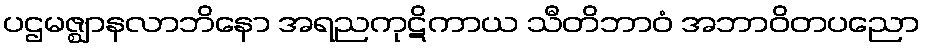
ပဌမဇ္ဈာနလာဘိနော အရညကုဋိကာယ သီတိဘာဝံ အဘာဝိတပညော